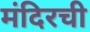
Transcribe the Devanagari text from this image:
मंदिरची